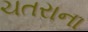
ચતરાના